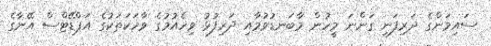
ސައިމަންގެ ދަރިފަނި ގަންނަ މީހުން މާބަނޑުވުމާއި ދަރިފުޅު ވިހެއުމުގެ ވާހަކަތަކުގެ އަޕްޑޭޓްސް އޭނާގެ